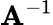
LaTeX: \mathbf{A}^{-1}